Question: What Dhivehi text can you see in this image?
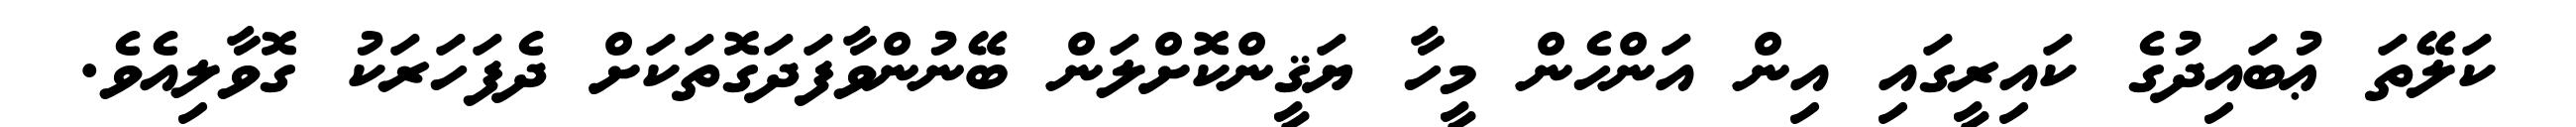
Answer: ކަލޭތަ ޢުބައިދުގެ ކައިރީގައި އިން އަންހެން މީހާ ޔަޤީންކޮށްލަން ބޭނުންވާފަދަގޮތަކަށް ދެފަހަރަކު ގޮވާލިއެވެ.